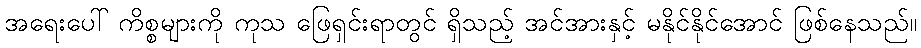
အရေးပေါ် ကိစ္စများကို ကုသ ဖြေရှင်းရာတွင် ရှိသည့် အင်အားနှင့် မနိုင်နိုင်အောင် ဖြစ်နေသည်။